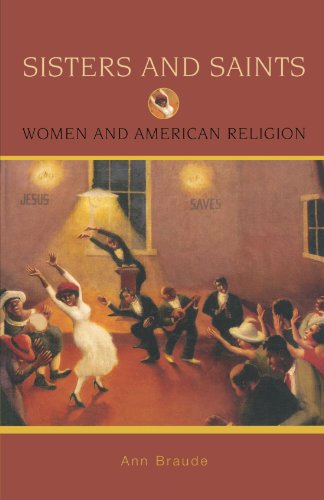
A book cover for Sisters and Saints: Women and American Religion (Religion in American Life); Ann Braude; Religion & Spirituality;